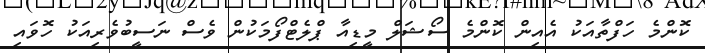
ކޮންމެ ހަފްތާއަކު އެއިން ކޮންމެ ސޯޝަލް މީޑިއާ ޕްލެޓްފޯމަކުން ވެސް ނަސީބުވެރިއަކު ހޮވައި